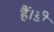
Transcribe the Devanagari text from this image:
हैं।डी